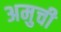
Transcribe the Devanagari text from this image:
अमुची